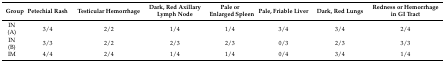
<table><thead><tr><td><b>Group</b></td><td><b>Petechial Rash</b></td><td><b>Testicular Hemorrhage</b></td><td><b>Dark, Red Axillary Lymph Node</b></td><td><b>Pale or Enlarged Spleen</b></td><td><b>Pale, Friable Liver</b></td><td><b>Dark, Red Lungs</b></td><td><b>Redness or Hemorrhage in GI Tract</b></td></tr></thead><tbody><tr><td>IN (A)</td><td>3/4</td><td>2/2</td><td>1/4</td><td>1/4</td><td>3/4</td><td>3/4</td><td>2/4</td></tr><tr><td>IN (B)</td><td>3/3</td><td>2/2</td><td>2/3</td><td>2/3</td><td>0/3</td><td>2/3</td><td>3/3</td></tr><tr><td>IM</td><td>4/4</td><td>2/4</td><td>1/4</td><td>1/4</td><td>0/4</td><td>3/4</td><td>1/4</td></tr></tbody></table>